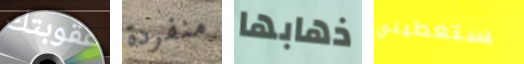
عقوبتك منفردة ذهابها ستعطيني